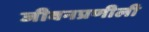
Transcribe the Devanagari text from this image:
जीवनप्रणीली